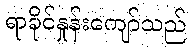
ရာခိုင်နှုန်းကျော်သည်